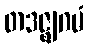
တဒဇ္ဈဂမံ